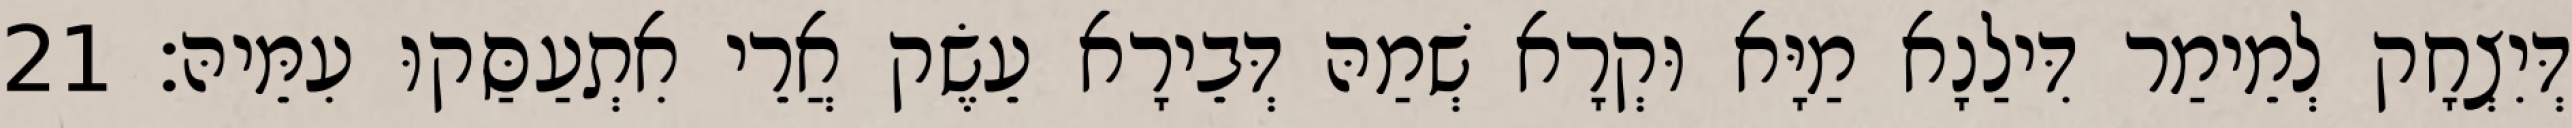
דְּיִצְחָק לְמֵימַר דִּילַנָא מַיָּא וּקְרָא שְׁמַהּ דְּבֵירָא עֵשֶׂק אֲרֵי אִתְעַסַּקוּ עִמֵּיהּ׃ 21